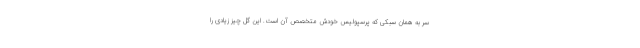
سر به همان سبکی که پرسپولیس خودش متخصص آن است. این گل چیز زیادی را